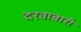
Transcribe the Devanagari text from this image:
दरवाबारी